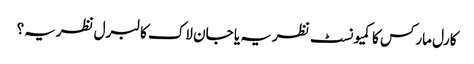
کارل مارکس کا کمیونسٹ نظریہ یا جان لاک کا لبرل نظریہ؟